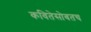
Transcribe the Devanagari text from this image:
कवितेसोबतच